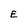
Character: E